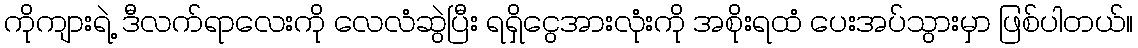
ကိုကျားရဲ့ ဒီလက်ရာလေးကို လေလံဆွဲပြီး ရရှိငွေအားလုံးကို အစိုးရထံ ပေးအပ်သွားမှာ ဖြစ်ပါတယ်။